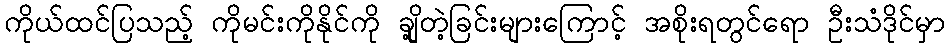
ကိုယ်ထင်ပြသည့် ကိုမင်းကိုနိုင်ကို ချို့တဲ့ခြင်းများကြောင့် အစိုးရတွင်ရော ဦးသံဒိုင်မှာ